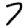
Digit: 7